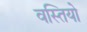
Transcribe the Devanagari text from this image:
वस्तियो